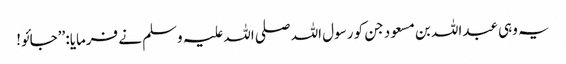
یہ وہی عبداللہ بن مسعود جن کو رسول اللہ صلی اللہ علیہ وسلم نے فرمایا: ’’جائو!